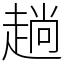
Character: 趟